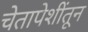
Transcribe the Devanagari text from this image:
चेतापेशींतून